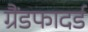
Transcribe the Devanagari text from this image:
ग्रैंडफादर्ड